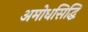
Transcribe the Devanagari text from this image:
अमोधसिद्धि